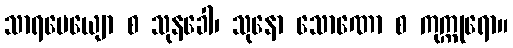
သာရမေယျော စ သုနခေါ၊ သုနော သောဏော စ ကုက္ကုရော။